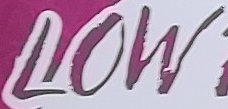
LOW